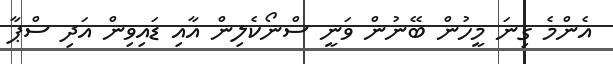
އެންމެ ގިނަ މީހުން ބޭނުން ވަނީ ސްނޯކެލިން އާއި ޑައިވިން އަދި ސްޕާ